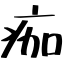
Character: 痂